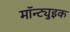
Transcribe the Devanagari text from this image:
मॉन्ट्युइक